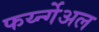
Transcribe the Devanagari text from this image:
फर्य्न्गेअल